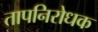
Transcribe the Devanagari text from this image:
तापनिरोधक